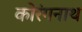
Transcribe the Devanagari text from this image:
कोरंगनाथ